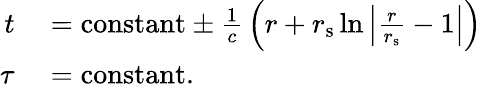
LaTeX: \begin{array}{rl}{t}&{{}={\mathrm{constant}}\pm{\frac{1}{c}}\left(r+r_{\mathrm{{s}}}\ln\left|{\frac{r}{r_{\mathrm{{s}}}}}-1\right|\right)}\\ {\tau}&{{}={\mathrm{constant}}.}\end{array}